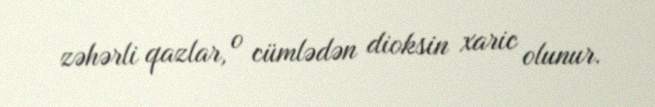
zəhərli qazlar, o cümlədən dioksin xaric olunur.